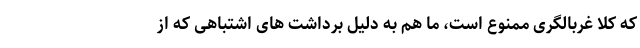
که کلا غربالگری ممنوع است، ما هم به دلیل برداشت های اشتباهی که از